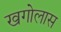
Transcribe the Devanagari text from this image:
खगोलास